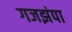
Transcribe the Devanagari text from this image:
गजझंपा